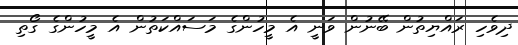
ދިވެހި ރައްޔިތުން ބޭނުން ވަނީ އެ މީހުންގެ މަސައްކަތުން އެ މީހުންގެ ގޯތި